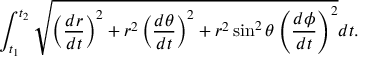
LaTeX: \int _ { t _ { 1 } } ^ { t _ { 2 } } { \sqrt { \left( { \frac { d r } { d t } } \right) ^ { 2 } + r ^ { 2 } \left( { \frac { d \theta } { d t } } \right) ^ { 2 } + r ^ { 2 } \sin ^ { 2 } \theta \left( { \frac { d \phi } { d t } } \right) ^ { 2 } } } d t .